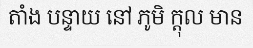
តាំង បន្ទាយ នៅ ភូមិ ក្តុល មាន